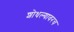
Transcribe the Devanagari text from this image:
शोधल्यावरच